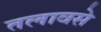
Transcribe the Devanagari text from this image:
तलावसे